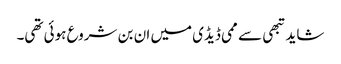
شاید تبھی سے ممی ڈیڈی میں ان بن شروع ہوئی تھی۔